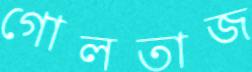
গোলতাজ